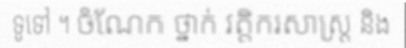
ទូទៅ ។ ចំណែក ថ្នាក់ វត្តិករសាស្ត្រ និង